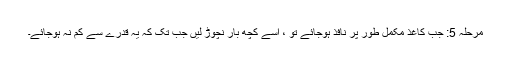
مرحلہ 5: جب کاغذ مکمل طور پر نافذ ہوجائے تو ، اسے کچھ بار نچوڑ لیں جب تک کہ یہ قدرے سے کم نہ ہوجائے۔